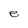
Character: e